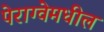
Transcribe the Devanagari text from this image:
पेराग्वेमधील